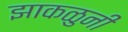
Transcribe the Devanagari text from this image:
झाकळुनी